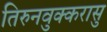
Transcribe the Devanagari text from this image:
तिरुनवुक्करासु